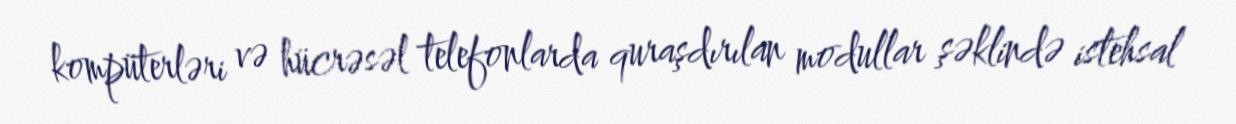
kompüterləri və hücrəsəl telefonlarda quraşdırılan modullar şəklində istehsal